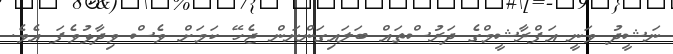
ނަޝީދު ވަނީ އަފްރާޝީމްގެ ދަރުސްތައް ބަލައިގަންނަން ޖެހޭ ކަމަށް ވެސް ވިދާޅުވެފަ އެވެ.